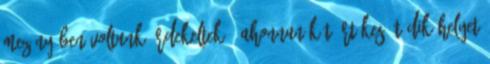
mezőnyében voltunk érdekeltek , ahonnan két értékes ötödik helyet